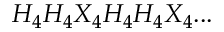
H _ { 4 } H _ { 4 } X _ { 4 } H _ { 4 } H _ { 4 } X _ { 4 } . . .